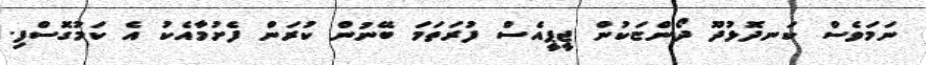
ނަމަވެސް ކަނދޮޅުދޫ ދޯންޏަކުން ޖީޕީއެސް ފުރަތަމަ ބޭނުން ކުރަން ފެށުމާއެކު އެ ކަމުގޮސްފި.